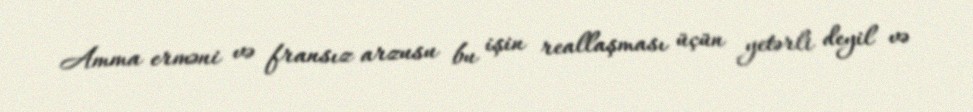
Amma erməni və fransız arzusu bu işin reallaşması üçün yetərli deyil və